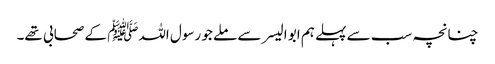
چنانچہ سب سے پہلے ہم ابو الیسر سے ملے جو رسول اللہﷺ کے صحابی تھے۔